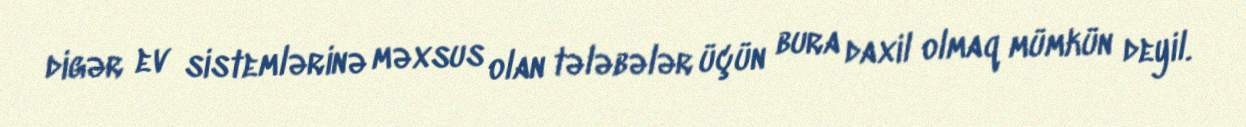
digər ev sistemlərinə məxsus olan tələbələr üçün bura daxil olmaq mümkün deyil.